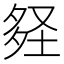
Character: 𡌪